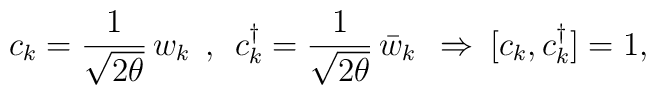
c_k=\frac{1}{\sqrt{2\theta}}\,w_k\:\:,\:\:c_k^{\dag}=\frac{1}{\sqrt{2\theta}}\,\bar{w}_k\:\:\Rightarrow\:[c_k,c_k^{\dag}]=1,